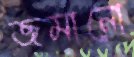
জমানো